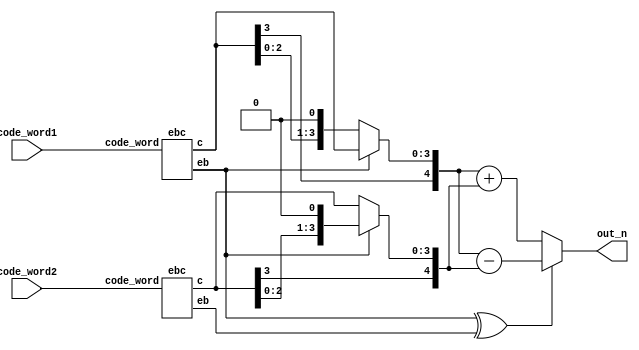
module HD (
  output signed[5:0] out_n,
	input [6:0] code_word1,
	input [6:0] code_word2
);

wire eb1, eb2;
wire signed [3:0] c1, c2;
wire signed [5:0] a, b;
wire add_sub;
ebc ebc1(eb1, c1, code_word1);
ebc ebc2(eb2, c2, code_word2);
assign a = eb1 ? c1 : (c1 << 1);
assign b = eb1 ? (c2 << 1) : c2;
assign out_n = (eb1 ^ eb2) ? (a-b) : (a+b);
endmodule

module ebc (
  output reg eb,
  output reg signed[3:0] c,
	input [6:0] code_word
);

assign p1 = code_word[6];
assign p2 = code_word[5];
assign p3 = code_word[4];
assign x1 = code_word[3];
assign x2 = code_word[2];
assign x3 = code_word[1];
assign x4 = code_word[0];
assign circle1 = p1 ^ x1 ^ x2 ^ x3;
assign circle2 = p2 ^ x1 ^ x2 ^ x4;
assign circle3 = p3 ^ x1 ^ x3 ^ x4;
always@(*) begin
  case({circle1, circle2, circle3})
    3'b011: eb = x4;
    3'b101: eb = x3;
    3'b110: eb = x2;
    3'b111: eb = x1;
    3'b001: eb = p3;
    3'b010: eb = p2;
    3'b100: eb = p1;
  default : eb = 1'bx;
  endcase
end
always@(*) begin
  case({circle1, circle2, circle3})
    3'b011: c = {x1, x2, x3, ~x4};
    3'b101: c = {x1, x2, ~x3, x4};
    3'b110: c = {x1, ~x2, x3, x4};
    3'b111: c = {~x1, x2, x3, x4};
    3'b001: c = code_word;
    3'b010: c = code_word;
    3'b100: c = code_word;
  default : c = 4'bx;
  endcase
end
//assign eb = circle1 ? (circle2 ? (circle3 ? x1 : x2) : (circle3 ? x3 : p1)) : (circle2 ? (circle3 ? x4 : p2) : (circle3 ? p3 : 1'bx));
//assign c = circle1 ? (circle2 ? (circle3 ? {~x1, x2, x3, x4} : {x1, ~x2, x3, x4}) : (circle3 ? {x1, x2, ~x3, x4} : code_word)) : (circle2 ? (circle3 ? {x1, x2, x3, ~x4} : code_word) : (circle3 ? code_word : 4'bx));
endmodule